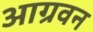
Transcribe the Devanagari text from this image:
आग्रवन